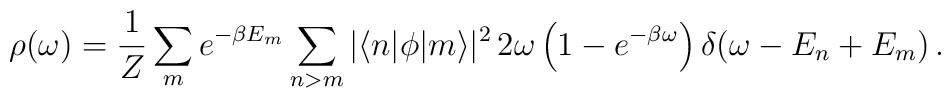
\rho(\omega) = {1 \over Z} \sum_m e^{-\beta E_m} \sum_{n > m} \vert\langle n\vert \phi \vert m\rangle \vert^2 \, 2\omega \left(1 - e^{-\beta \omega}\right) \delta(\omega-E_n+E_m)\,.